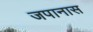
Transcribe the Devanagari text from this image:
जपानास